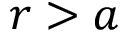
r > a